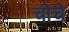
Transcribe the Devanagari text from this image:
चोचे